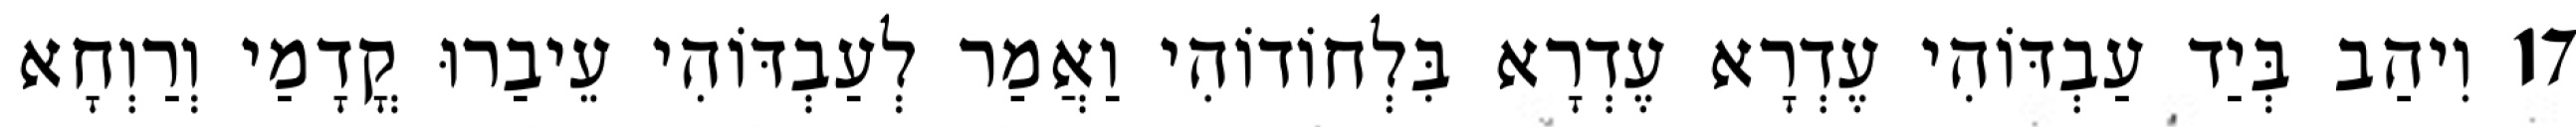
17 וִיהַב בְּיַד עַבְדּוֹהִי עֶדְרָא עֶדְרָא בִּלְחוֹדוֹהִי וַאֲמַר לְעַבְדּוֹהִי עֵיבַרוּ קֳדָמַי וְרַוְחָא